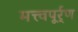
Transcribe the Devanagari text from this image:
मत्त्वपूर्र्ण